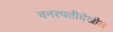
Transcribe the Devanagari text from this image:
वनस्पतीदेखील